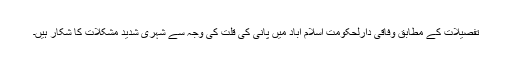
تفصیلات کے مطابق وفاقی دارلحکومت اسلام آباد میں پانی کی قلت کی وجہ سے شہری شدید مشکلات کا شکار ہیں۔